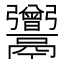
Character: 𩱭